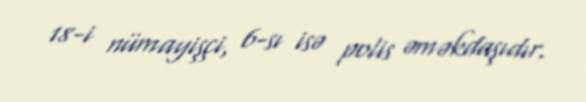
18-i nümayişçi, 6-sı isə polis əməkdaşıdır.